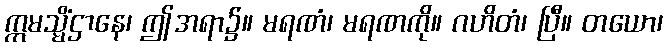
ဣမသ္မိံဌာနေ၊ ဤအရာ၌။ မရဏံ၊ မရဏကို။ ဂဟိတံ၊ ပြီ။ တယော၊